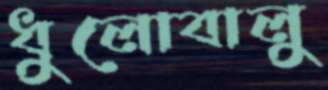
ধুলোবালু